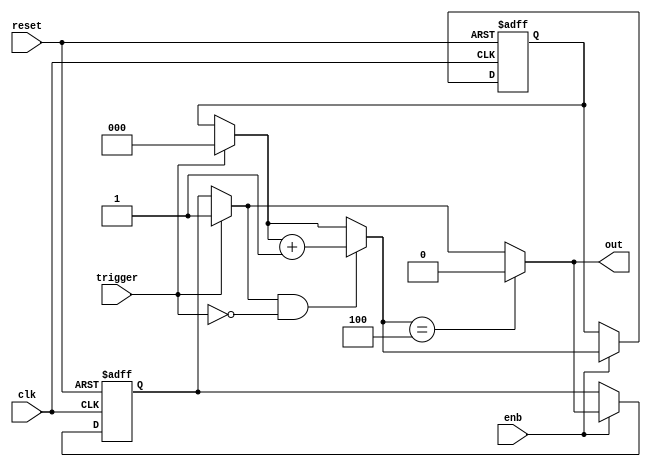
// -------------------------------------------------------------
// 
// 
// Generated by MATLAB 9.13 and HDL Coder 4.0
// 
// -------------------------------------------------------------


// -------------------------------------------------------------
// 
// Module: whdlOFDMTx_MATLAB_Function1_block
// Source Path: whdlOFDMTx/Frame Generator/Data/Data Chain/Symbol Interleaver/Interleaver/Generate Ready/MATLAB Function1
// Hierarchy Level: 9
// 
// -------------------------------------------------------------

`timescale 1 ns / 1 ns

module whdlOFDMTx_MATLAB_Function1_block
          (clk,
           reset,
           enb,
           trigger,
           out);


  input   clk;
  input   reset;
  input   enb;
  input   trigger;
  output  out;


  reg  out_1;
  reg [2:0] count;  // ufix3
  reg  state;
  reg [2:0] count_next;  // ufix3
  reg  state_next;
  reg [2:0] count_temp;  // ufix3
  reg  state_temp;


  always @(posedge clk or posedge reset)
    begin : MATLAB_Function1_process
      if (reset == 1'b1) begin
        count <= 3'b000;
        state <= 1'b0;
      end
      else begin
        if (enb) begin
          count <= count_next;
          state <= state_next;
        end
      end
    end

  always @(count, state, trigger) begin
    count_temp = count;
    state_temp = state;
    // %% Executes in current clock cycle
    if (trigger) begin
      state_temp = 1'b1;
      count_temp = 3'b000;
    end
    if (state_temp && ( ! trigger)) begin
      count_temp = count_temp + 3'b001;
    end
    if (count_temp == 3'b100) begin
      state_temp = 1'b0;
    end
    out_1 = state_temp;
    count_next = count_temp;
    state_next = state_temp;
  end



  assign out = out_1;

endmodule  // whdlOFDMTx_MATLAB_Function1_block